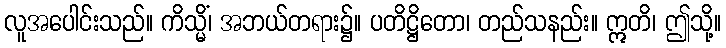
လူအပေါင်းသည်။ ကိသ္မိံ၊ အဘယ်တရား၌။ ပတိဋ္ဌိတော၊ တည်သနည်း။ ဣတိ၊ ဤသို့။